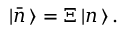
| { \bar { n } } \, \rangle = { \Xi } \, | n \, \rangle \, .